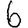
Digit: 6